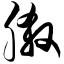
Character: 脎